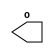
module a(o);
    wire x;
    output o;
    assign o = b.y;
endmodule